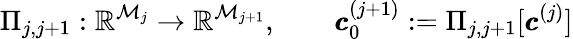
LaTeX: \Pi_{j,j+1}:\mathbb{R}^{\mathcal{M}_{j}}\to\mathbb{R}^{\mathcal{M}_{j+1}},\qquad\pmb{c}_{0}^{(j+1)}:=\Pi_{j,j+1}[\pmb{c}^{(j)}]